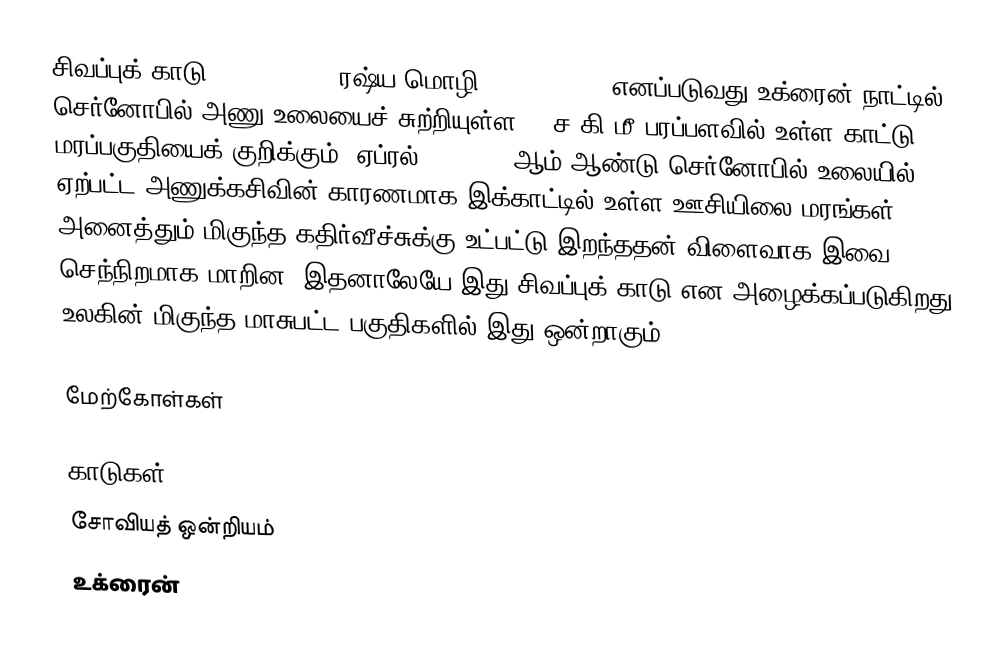
சிவப்புக் காடு (Red Forest, ரஷ்ய மொழி: Рыжий лес), எனப்படுவது உக்ரைன் நாட்டில் செர்னோபில் அணு உலையைச் சுற்றியுள்ள 10 ச.கி.மீ பரப்பளவில் உள்ள காட்டு மரப்பகுதியைக் குறிக்கும். ஏப்ரல் 26, 1986-ஆம் ஆண்டு செர்னோபில் உலையில் ஏற்பட்ட அணுக்கசிவின்  காரணமாக இக்காட்டில் உள்ள ஊசியிலை மரங்கள் அனைத்தும் மிகுந்த கதிர்வீச்சுக்கு உட்பட்டு இறந்ததன் விளைவாக இவை செந்நிறமாக மாறின. இதனாலேயே இது சிவப்புக் காடு என அழைக்கப்படுகிறது. உலகின் மிகுந்த மாசுபட்ட பகுதிகளில் இது ஒன்றாகும்.

மேற்கோள்கள்

காடுகள்
சோவியத் ஒன்றியம்
உக்ரைன்